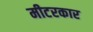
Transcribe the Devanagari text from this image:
मीटरकार